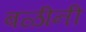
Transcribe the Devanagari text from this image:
बळीनी